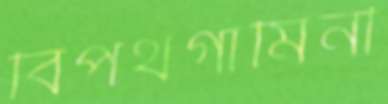
বিপথগামিনী